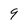
Character: 9